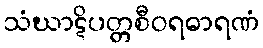
သံဃာဋိပတ္တစီဝရဓာရဏံ